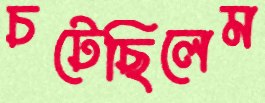
চটেছিলেম